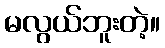
မလွယ်ဘူးတဲ့။